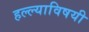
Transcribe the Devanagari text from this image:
हल्ल्याविषयी